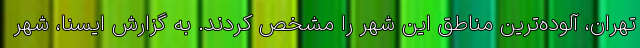
تهران، آلوده‌ترین مناطق این شهر را مشخص کردند. به گزارش ایسنا، شهر